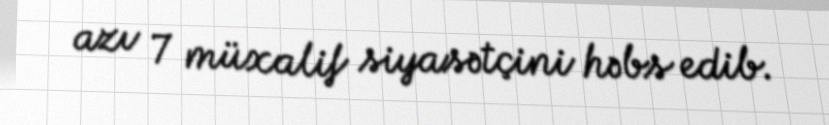
azı 7 müxalif siyasətçini həbs edib.